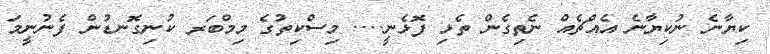
ކިޔާނެ ނުކިޔާނެ އެއްޗެއް ނެތިގެން ތެޅި ފޮޅެނީ.... މިސްކިތުގެ މިމްބަރ ކުނިގޮނޑުން ފެނުނީމަ